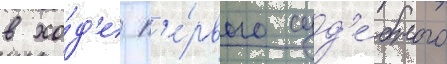
в хо́д'е п'е́рвого суд'е́бного